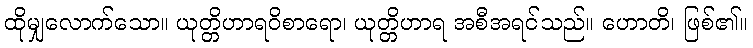
ထိုမျှလောက်သော။ ယုတ္တိဟာရဝိစာရော၊ ယုတ္တိဟာရ အစီအရင်သည်။ ဟောတိ၊ ဖြစ်၏။